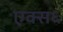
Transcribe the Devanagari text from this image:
एक्स६